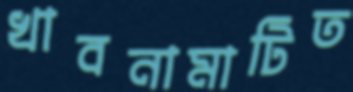
খাবনামাটিত